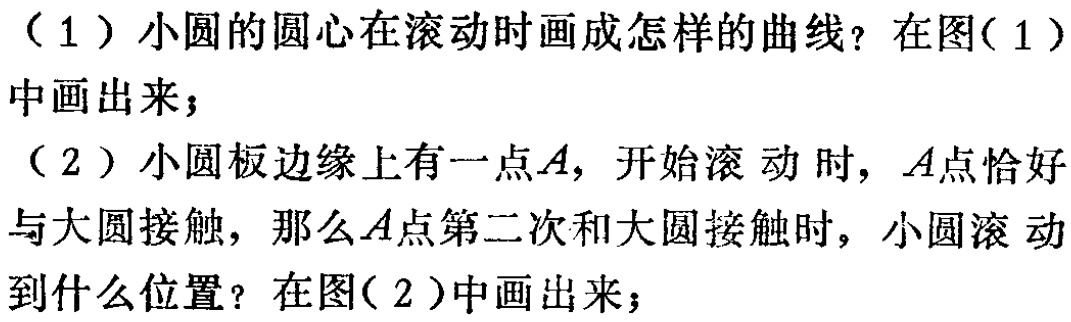
（1）小圆的圆心在滚动时画成怎样的曲线？在图( 1 )中画出来；

（2）小圆板边缘上有一点\(A\)，开始滚动时，\(A\)点恰好与大圆接触，那么\(A\)点第二次和大圆接触时，小圆滚动到什么位置？在图( 2 )中画出来；